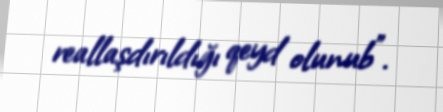
reallaşdırıldığı qeyd olunub”.